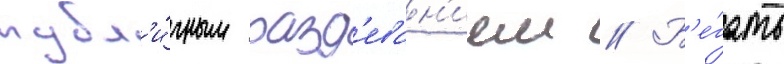
публ'и́чным разд'еван'ием // Б'е́гать